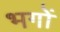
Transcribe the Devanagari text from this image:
भगों